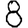
Digit: 8